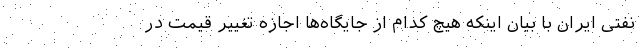
نفتی ایران با بیان اینکه هیچ کدام از جایگاه‌ها اجازه تغییر قیمت در